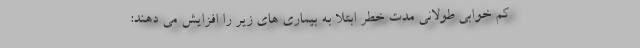
کم خوابی طولانی مدت خطر ابتلا به بیماری های زیر را افزایش می دهند: